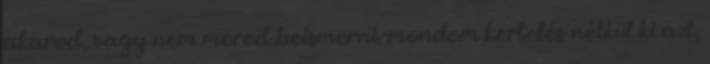
akarod, vagy nem mered beismerni.-mondom kertelés nélkül ki azt,